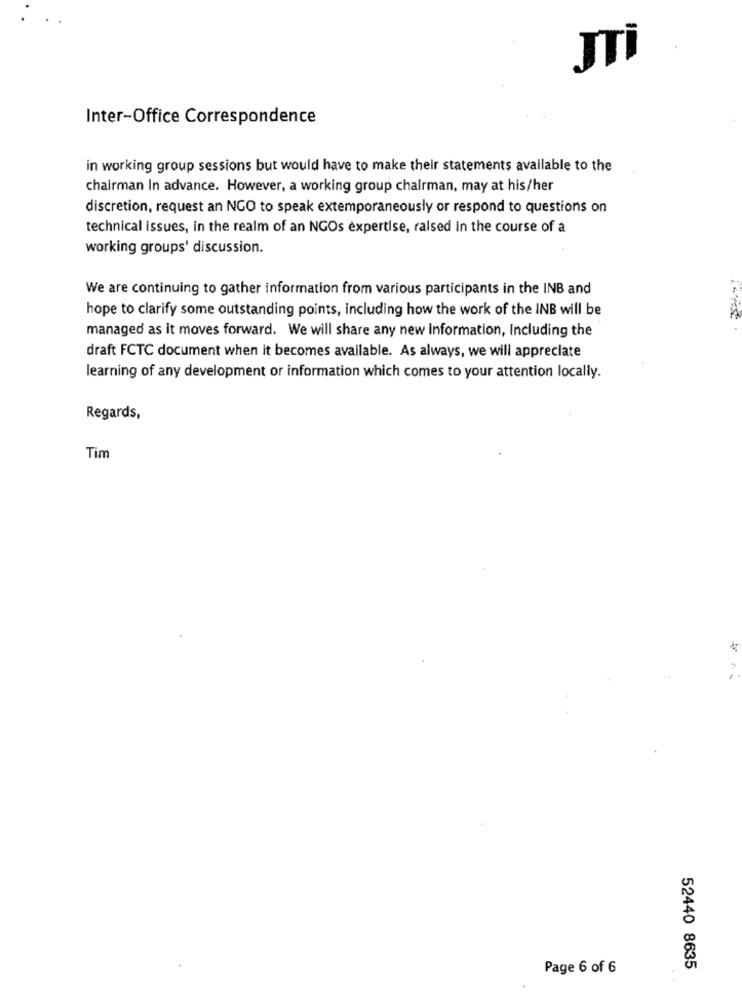
JTİ
Inter-Office Correspondence
in working group sessions but would have to make their statements available to the
chairman In advance. However, a working group chairman, may at his/her
discretion, request an NGO to speak extemporaneously or respond to questions on
technical issues, in the realm of an NGOs expertise, raised in the course of a
working groups' discussion.
We are continuing to gather information from various participants in the INB and
hope to clarify some outstanding points, including how the work of the INB will be
managed as it moves forward. We will share any new information, Including the
draft FCTC document when it becomes available. As always, we will appreciate
learning of any development or information which comes to your attention locally.
Regards,
Tim
Page 6 of 6
52440 8635